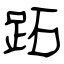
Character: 跖